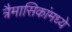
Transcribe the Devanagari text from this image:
त्रैमासिकांमध्ये